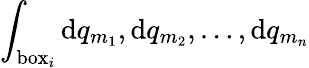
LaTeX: \int_{\mathrm{box}_{i}}\mathrm{d}q_{m_{1}},\mathrm{d}q_{m_{2}},\dots,\mathrm{d}q_{m_{n}}